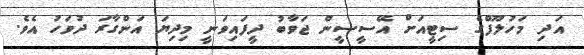
އަދި މަހުލޫފްގެ ސިޓީއަށް އޭސީސީން ޖަވާބު ދީފައިވަނީ މިދިޔަ އަންގާރަ ދުވަހު އެވެ.